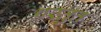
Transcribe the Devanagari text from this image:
प्रस्तुत्